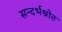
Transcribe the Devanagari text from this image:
सन्दर्भश्रोत